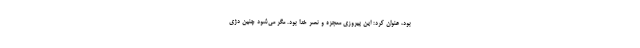
بود، عنوان کرد: این پیروزی معجزه و نصر خدا بود. مگر می‌شود چنین دژی